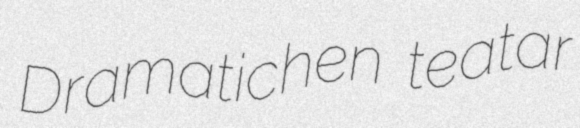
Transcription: Dramatichen teatar